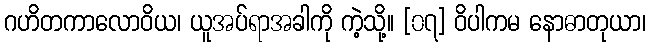
ဂဟိတကာလောဝိယ၊ ယူအပ်ရာအခါကို ကဲ့သို့။ [၀၇] ဝိပါကမ နောဓာတုယာ၊